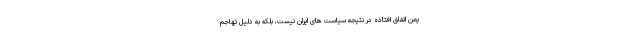
یمن اتفاق افتاده در نتیجه سیاست های ایران نیست، بلکه به دلیل تهاجم